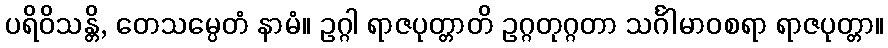
ပရိဝိသန္တိ, တေသမ္ပေတံ နာမံ။ ဥဂ္ဂါ ရာဇပုတ္တာတိ ဥဂ္ဂတုဂ္ဂတာ သင်္ဂါမာဝစရာ ရာဇပုတ္တာ။